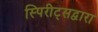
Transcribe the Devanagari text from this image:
स्पिरीट्सद्वारा